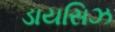
ડાયસિઝ